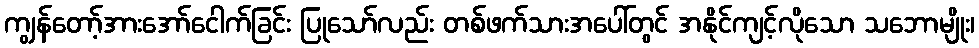
ကျွန်တော့်အားအော်ငေါက်ခြင်း ပြုသော်လည်း တစ်ဖက်သားအပေါ်တွင် အနိုင်ကျင့်လိုသော သဘောမျိုး၊